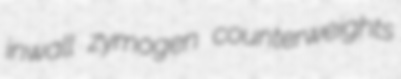
inwall zymogen counterweights